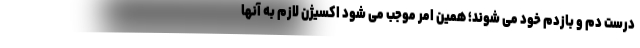
درست دم و بازدم خود می شوند؛ همین امر موجب می شود اکسیژن لازم به آنها